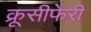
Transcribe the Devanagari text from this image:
क्रूसीफेरी